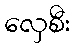
လှေစီး